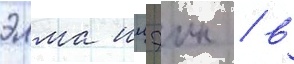
элма илэин / в